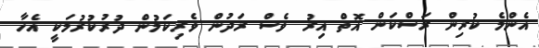
އެންމެ ކުރިން ރަސްކަން އޮތް އިރު ވެސް ރަދުން ވެރިކަމުން ދުރުކުރުމަކީ އެހާ